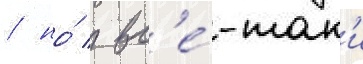
/ но́ / вс'е́-так'и